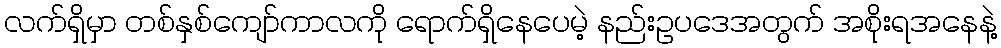
လက်ရှိမှာ တစ်နှစ်ကျော်ကာလကို ရောက်ရှိနေပေမဲ့ နည်းဥပဒေအတွက် အစိုးရအနေနဲ့